画像に写った文字を読んでください
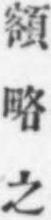
「額略之」と書いてあります